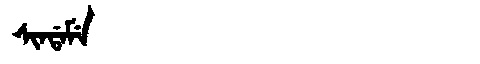
Manchu: ᠰᡳᠨᡩᠠᠮᡝ
Romanization: SINDAME